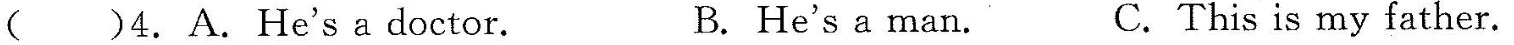
( )4.A.He's a doctor. B. He's a man. C.This is my father.